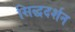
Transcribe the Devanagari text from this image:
सिद्धदर्शन